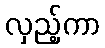
လှည့်ကာ